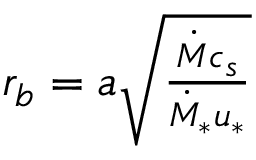
\begin{array} { r } { r _ { b } = a \sqrt { \frac { \dot { M } c _ { s } } { \dot { M } _ { * } u _ { * } } } } \end{array}